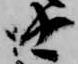
由